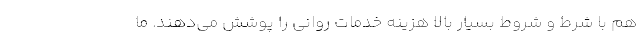
هم با شرط و شروط بسیار بالا هزینه خدمات روانی را پوشش می‌دهند. ما